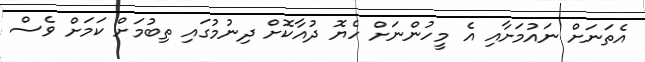
އެތަނަށް ނައުމަށާއި އެ މީހުންނަށް ހެޔޮ ދުއާކޮށް ދިނުމުގައި ތިބުމަށް ކަމަށް ވެސް